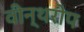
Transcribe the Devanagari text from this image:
वीन्थरोप